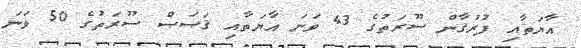
އާޔަތާއި ފުރުޤާން ސޫރަތުގެ 43 ވަނަ އާޔަތާއި ޤަޞަޞް ސޫރަތުގެ 50 ވަނަ